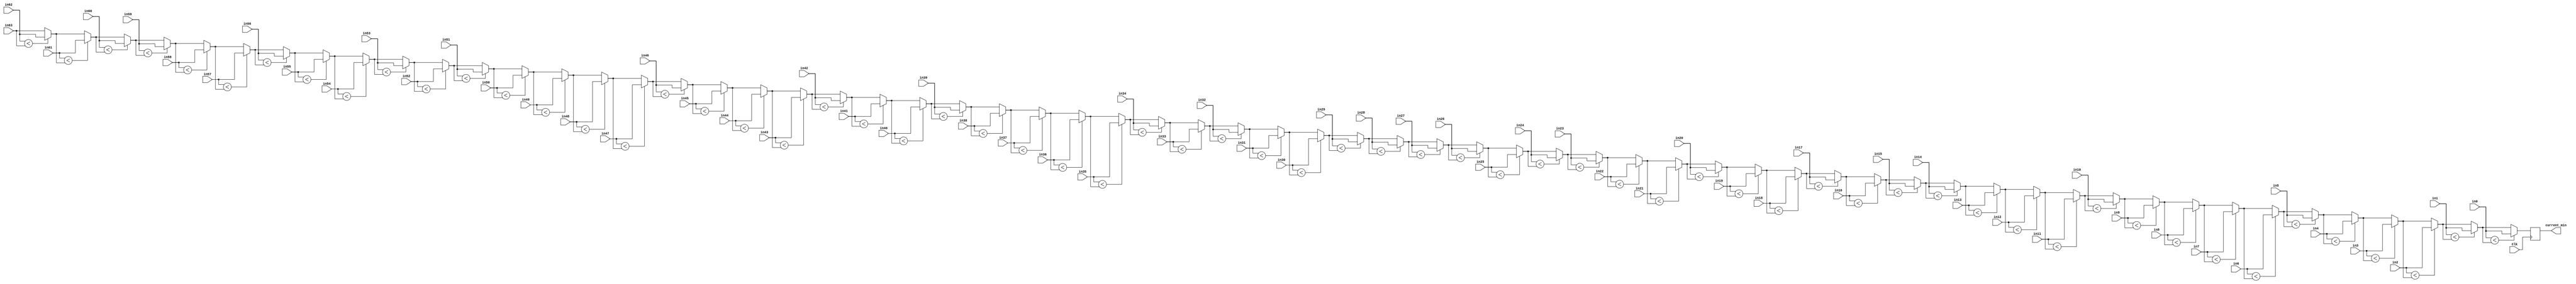
module find_max #(
    parameter BIT_WIDTH = 32 // Default bit width, can be overridden
) (
    input Clk,
    input [BIT_WIDTH-1:0] in0,
    input [BIT_WIDTH-1:0] in1,
    input [BIT_WIDTH-1:0] in2,
    input [BIT_WIDTH-1:0] in3, 
    input [BIT_WIDTH-1:0] in4, 
    input [BIT_WIDTH-1:0] in5, 
    input [BIT_WIDTH-1:0] in6, 
    input [BIT_WIDTH-1:0] in7, 
    input [BIT_WIDTH-1:0] in8, 
    input [BIT_WIDTH-1:0] in9, 
    input [BIT_WIDTH-1:0] in10,
    input [BIT_WIDTH-1:0] in11,
    input [BIT_WIDTH-1:0] in12,
    input [BIT_WIDTH-1:0] in13,
    input [BIT_WIDTH-1:0] in14,
    input [BIT_WIDTH-1:0] in15,
    input [BIT_WIDTH-1:0] in16,
    input [BIT_WIDTH-1:0] in17,
    input [BIT_WIDTH-1:0] in18,
    input [BIT_WIDTH-1:0] in19,
    input [BIT_WIDTH-1:0] in20,
    input [BIT_WIDTH-1:0] in21,
    input [BIT_WIDTH-1:0] in22,
    input [BIT_WIDTH-1:0] in23,
    input [BIT_WIDTH-1:0] in24,
    input [BIT_WIDTH-1:0] in25,
    input [BIT_WIDTH-1:0] in26,
    input [BIT_WIDTH-1:0] in27,
    input [BIT_WIDTH-1:0] in28,
    input [BIT_WIDTH-1:0] in29,
    input [BIT_WIDTH-1:0] in30,
    input [BIT_WIDTH-1:0] in31,
    input [BIT_WIDTH-1:0] in32,
    input [BIT_WIDTH-1:0] in33,
    input [BIT_WIDTH-1:0] in34,
    input [BIT_WIDTH-1:0] in35,
    input [BIT_WIDTH-1:0] in36,
    input [BIT_WIDTH-1:0] in37,
    input [BIT_WIDTH-1:0] in38,
    input [BIT_WIDTH-1:0] in39,
    input [BIT_WIDTH-1:0] in40,
    input [BIT_WIDTH-1:0] in41,
    input [BIT_WIDTH-1:0] in42,
    input [BIT_WIDTH-1:0] in43,
    input [BIT_WIDTH-1:0] in44,
    input [BIT_WIDTH-1:0] in45,
    input [BIT_WIDTH-1:0] in46,
    input [BIT_WIDTH-1:0] in47,
    input [BIT_WIDTH-1:0] in48,
    input [BIT_WIDTH-1:0] in49,
    input [BIT_WIDTH-1:0] in50,
    input [BIT_WIDTH-1:0] in51,
    input [BIT_WIDTH-1:0] in52,
    input [BIT_WIDTH-1:0] in53,
    input [BIT_WIDTH-1:0] in54,
    input [BIT_WIDTH-1:0] in55,
    input [BIT_WIDTH-1:0] in56,
    input [BIT_WIDTH-1:0] in57,
    input [BIT_WIDTH-1:0] in58,
    input [BIT_WIDTH-1:0] in59,
    input [BIT_WIDTH-1:0] in60,
    input [BIT_WIDTH-1:0] in61,
    input [BIT_WIDTH-1:0] in62,
    input [BIT_WIDTH-1:0] in63,
    output reg [BIT_WIDTH-1:0] current_min
);

    // Initial block to set the initial maximum
    

    // Always block to find the maximum
    always @(posedge Clk) begin
        current_min = in63;
        if (in62 < current_min) current_min = in62;
        if (in61 < current_min) current_min = in61;
        if (in60 < current_min) current_min = in60;
        if (in59 < current_min) current_min = in59;
        if (in58 < current_min) current_min = in58;
        if (in57 < current_min) current_min = in57;
        if (in56 < current_min) current_min = in56;
        if (in55 < current_min) current_min = in55;
        if (in54 < current_min) current_min = in54;
        if (in53 < current_min) current_min = in53;
        if (in52 < current_min) current_min = in52;
        if (in51 < current_min) current_min = in51;
        if (in50 < current_min) current_min = in50;
        if (in49 < current_min) current_min = in49;
        if (in48 < current_min) current_min = in48;
        if (in47 < current_min) current_min = in47;
        if (in46 < current_min) current_min = in46;
        if (in45 < current_min) current_min = in45;
        if (in44 < current_min) current_min = in44;
        if (in43 < current_min) current_min = in43;
        if (in42 < current_min) current_min = in42;
        if (in41 < current_min) current_min = in41;
        if (in40 < current_min) current_min = in40;
        if (in39 < current_min) current_min = in39;
        if (in38 < current_min) current_min = in38;
        if (in37 < current_min) current_min = in37;
        if (in36 < current_min) current_min = in36;
        if (in35 < current_min) current_min = in35;
        if (in34 < current_min) current_min = in34;
        if (in33 < current_min) current_min = in33;
        if (in32 < current_min) current_min = in32;
        if (in31 < current_min) current_min = in31;
        if (in30 < current_min) current_min = in30;
        if (in29 < current_min) current_min = in29;
        if (in28 < current_min) current_min = in28;
        if (in27 < current_min) current_min = in27;
        if (in26 < current_min) current_min = in26;
        if (in25 < current_min) current_min = in25;
        if (in24 < current_min) current_min = in24;
        if (in23 < current_min) current_min = in23;
        if (in22 < current_min) current_min = in22;
        if (in21 < current_min) current_min = in21;
        if (in20 < current_min) current_min = in20;
        if (in19 < current_min) current_min = in19;
        if (in18 < current_min) current_min = in18;
        if (in17 < current_min) current_min = in17;
        if (in16 < current_min) current_min = in16;
        if (in15 < current_min) current_min = in15;
        if (in14 < current_min) current_min = in14;
        if (in13 < current_min) current_min = in13;
        if (in12 < current_min) current_min = in12;
        if (in11 < current_min) current_min = in11;
        if (in10 < current_min) current_min = in10;
        if (in9 < current_min) current_min = in9;
        if (in8 < current_min) current_min = in8;
        if (in7 < current_min) current_min = in7;
        if (in6 < current_min) current_min = in6;
        if (in5 < current_min) current_min = in5;
        if (in4 < current_min) current_min = in4;
        if (in3 < current_min) current_min = in3;
        if (in2 < current_min) current_min = in2;
        if (in1 < current_min) current_min = in1;
        if (in0 < current_min) current_min = in0;
    end

endmodule